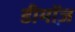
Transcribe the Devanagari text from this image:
डीमॉज़